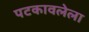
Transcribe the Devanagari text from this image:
पटकावलेला